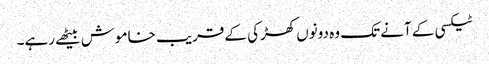
ٹیکسی کے آنے تک وہ دونوں کھڑکی کے قریب خاموش بیٹھے رہے۔